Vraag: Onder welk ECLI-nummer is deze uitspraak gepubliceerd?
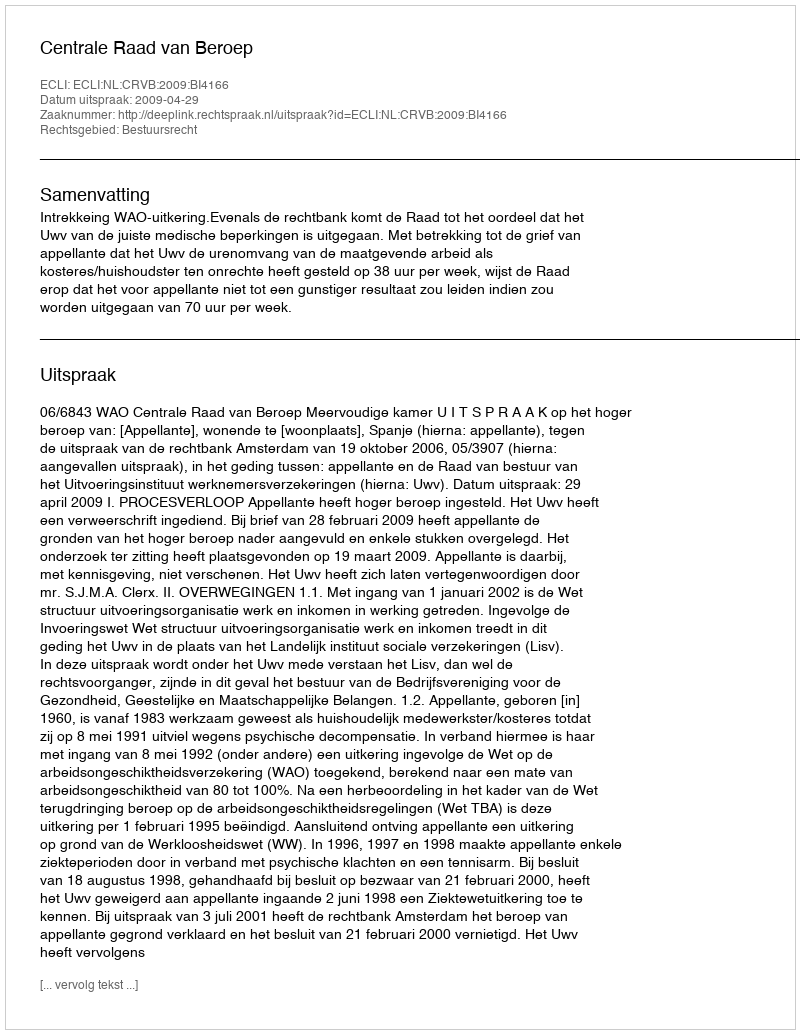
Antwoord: ECLI:NL:CRVB:2009:BI4166